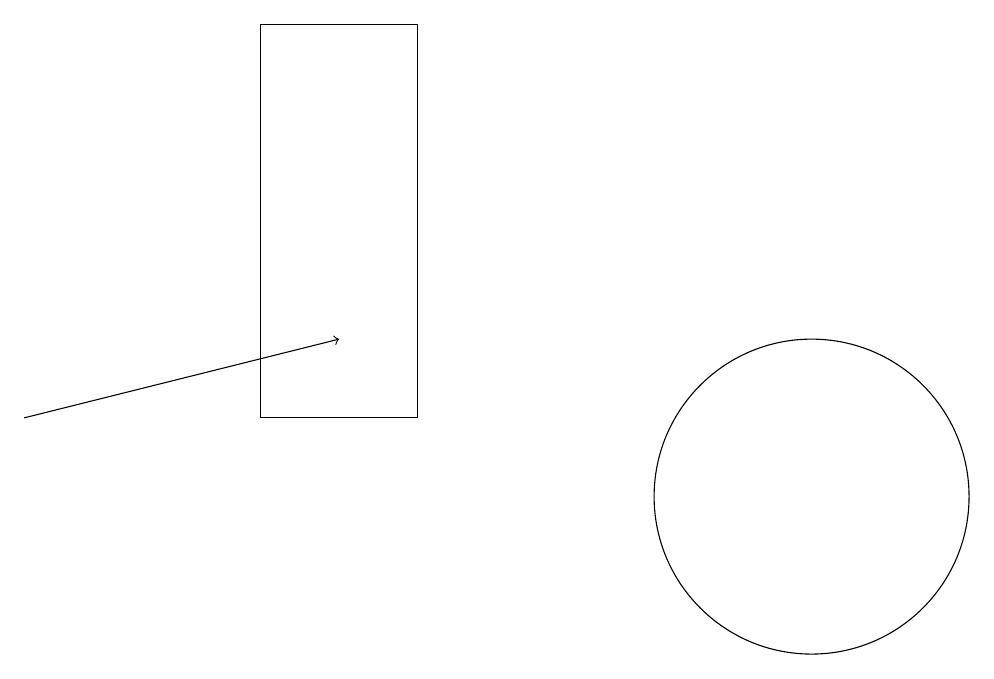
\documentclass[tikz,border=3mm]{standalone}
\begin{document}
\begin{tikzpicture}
\draw[->] (1,12) -- (5,13);
\draw (4,12) rectangle (6,17);
\draw (11,11) circle (2);
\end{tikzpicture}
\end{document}